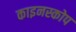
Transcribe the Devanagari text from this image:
काइनस्कोप